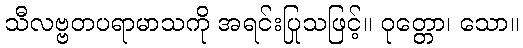
သီလဗ္ဗတပရာမာသကို အရင်းပြုသဖြင့်။ ဝုတ္တော၊ သော။